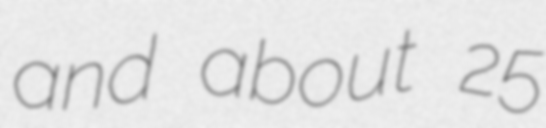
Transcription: and about 25